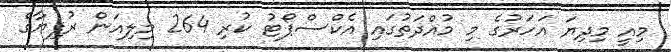
މިއީ މިދިޔަ އަހަރުގެ މި މުއްދަތުގައި އެކްސްޕޯޓު ކުރި 264 މިލިއަން ރުފިޔާގެ